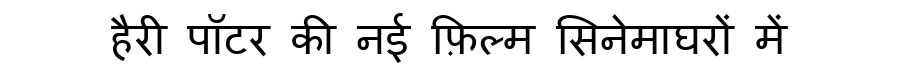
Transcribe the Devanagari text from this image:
हैरी पॉटर की नई फ़िल्म सिनेमाघरों में